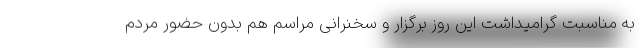
به مناسبت گرامیداشت این روز برگزار و سخنرانی مراسم هم بدون حضور مردم